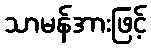
သာမန်အားဖြင့်